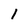
Character: 1